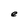
Character: e